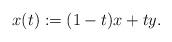
LaTeX: \begin{align*}x(t):=(1-t)x+ty.\end{align*}